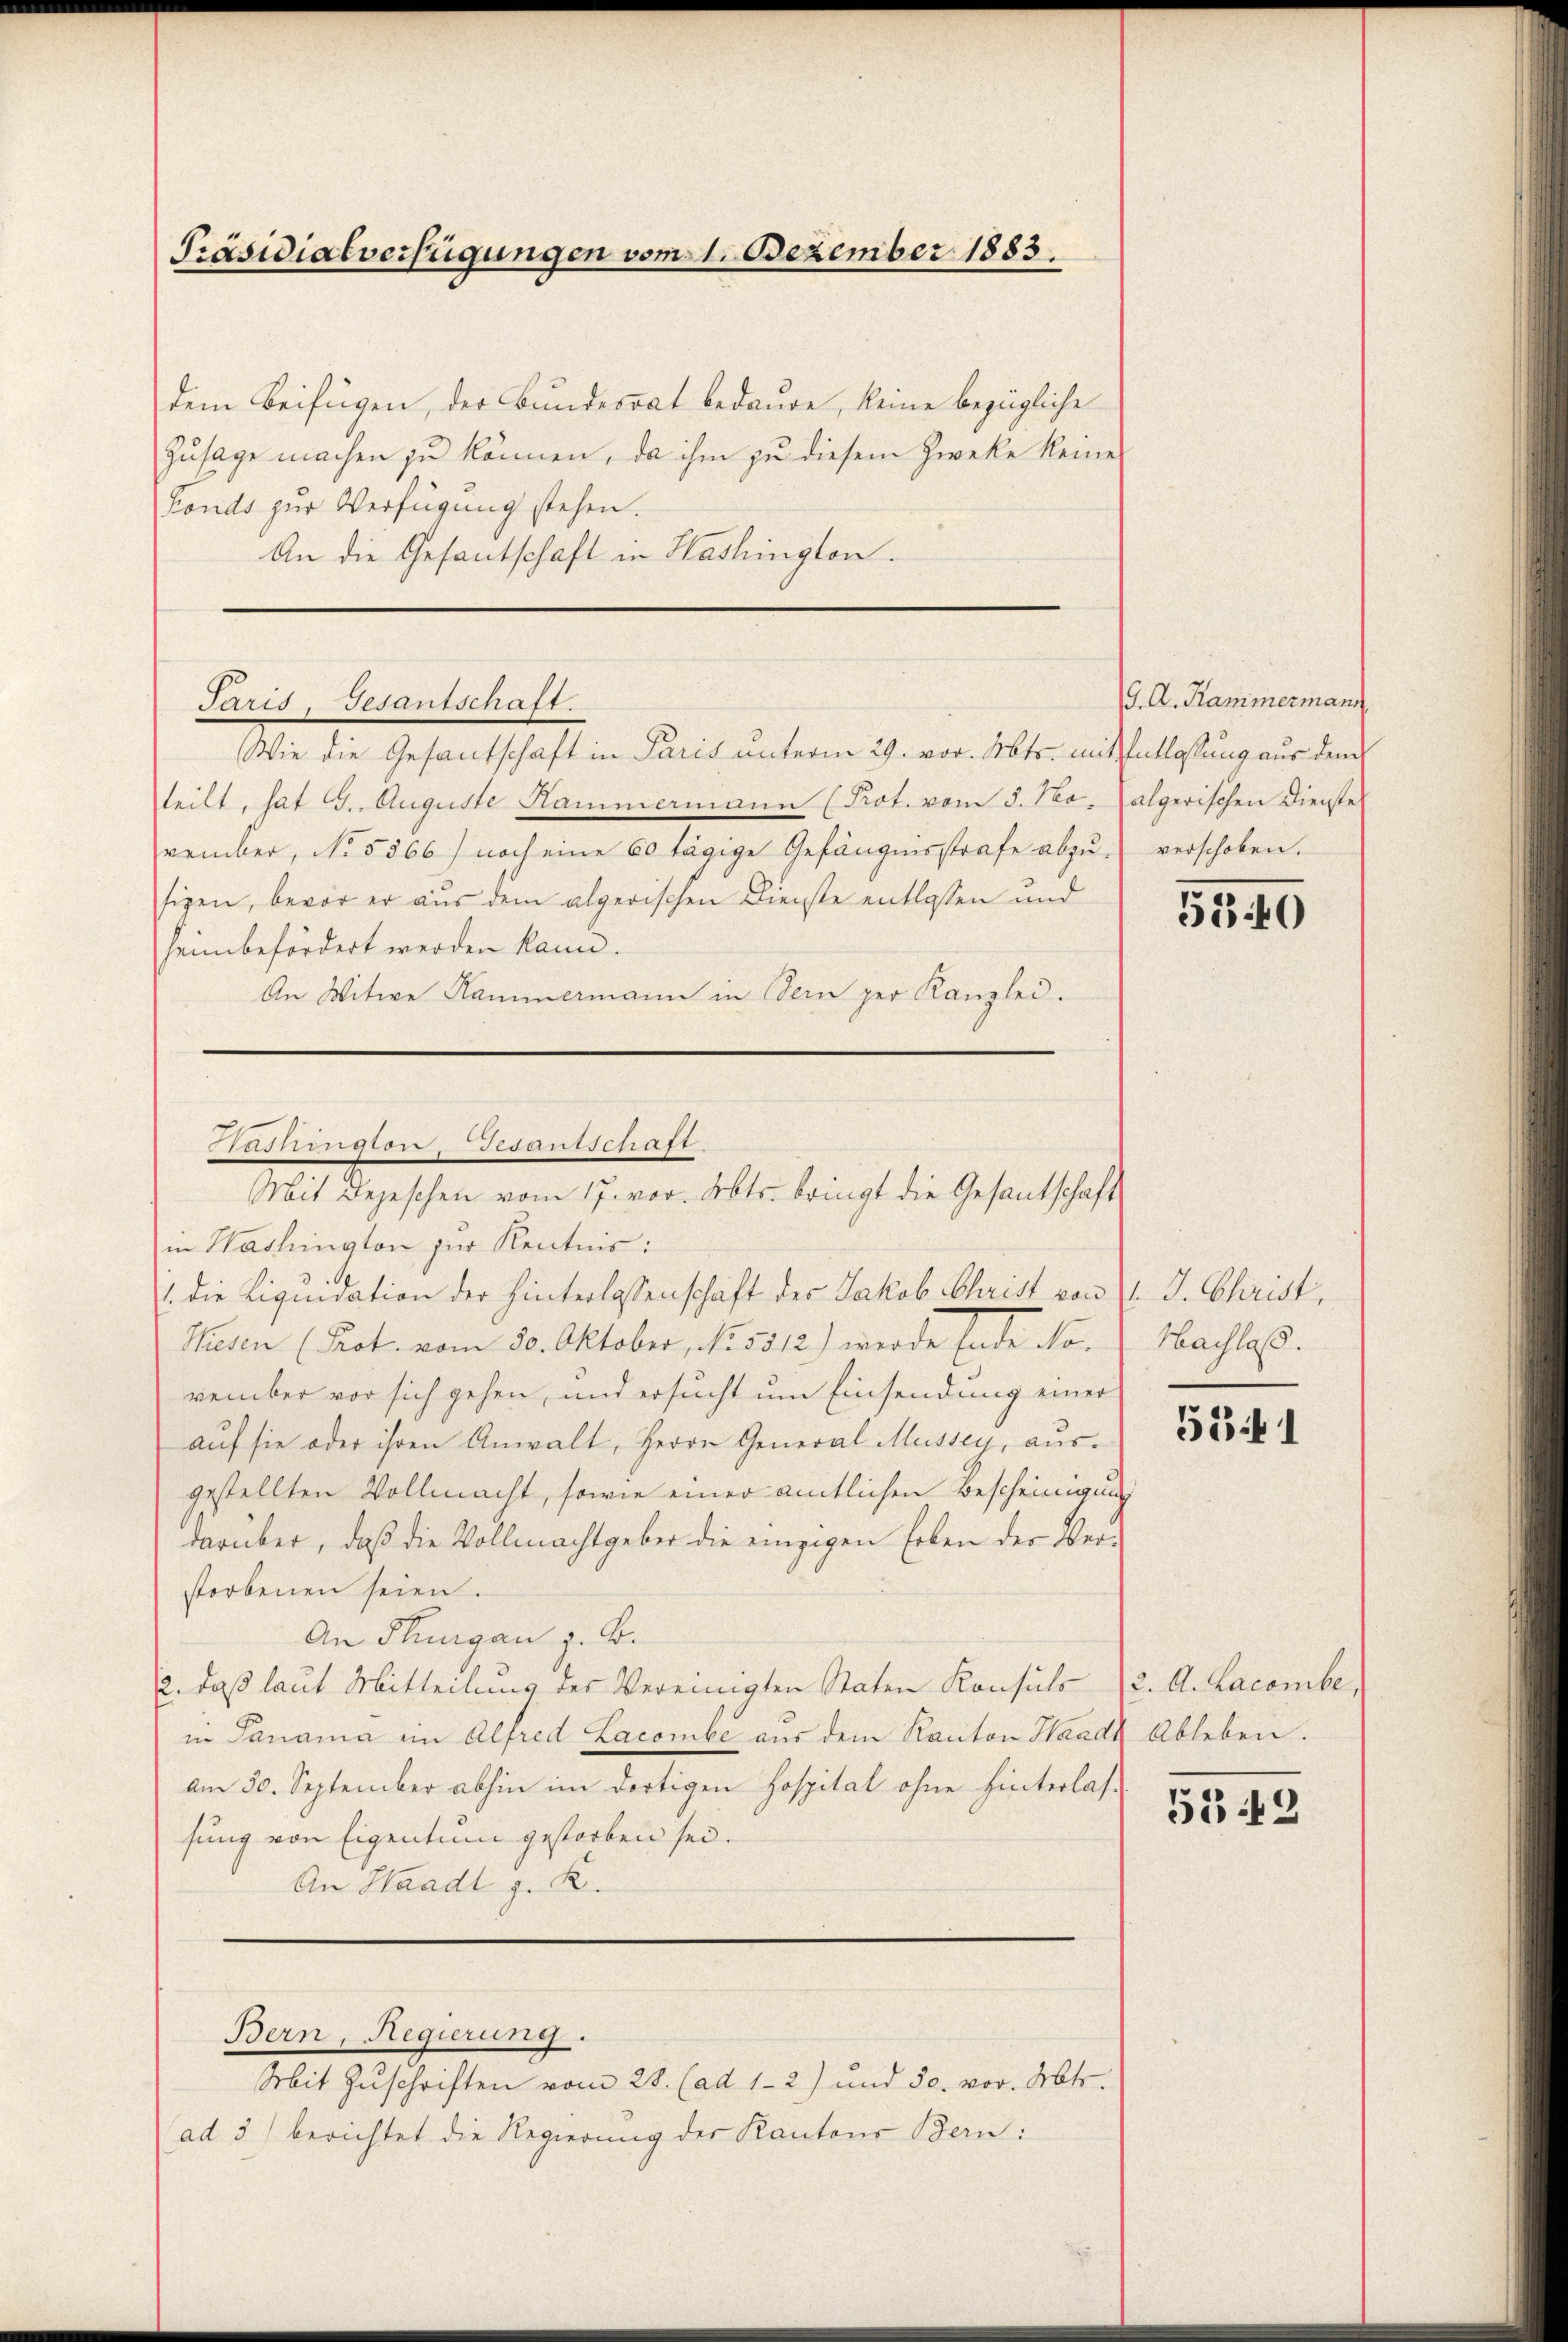
Präsidialverfügungen vom 1. Dezember 1883.

dem Beifügen, der Bundesrat bedaure, keine bezügliche
Zusage machen zu können, da ihm zu diesem Zwecke keine
Fonds zur Verfügung stehen.
An die Gesantschaft in Washington.

Paris, Gesantschaft.

Wie die Gesantschaft in Paris unterm 29. vor. Mts. mit Entlassung aus dem
steilt, hat 9. Auguste Hammermann (Prot. vom 3. No.
vember, No. 5366) noch eine 60 tägige Gefängnisstrafe abzŭ- verschoben.
sigen, bevor er aus dem algerischen Dienste entlassen und
heim befördert werden kann.
An Witwe Hammermann in Sein per Kanzlei.

Aushington, Gesantschaft.
Mit Depeschen vom 17. vor. Mts. bringt die Gesantschaft

in Washington zur Kenntnis:
1. die Liquidation der Hinterlassenschaft der Jakob Christ von 1. J. Christ,
Heden (Prot. vom 30. Oktober, No. 5312) werde Ende November vor sich gehen, und ersucht um Einsendung einer
auf sie oder ihren Anwalt, Herrn General Mussey, ausgestellten Vollmacht, sowie einer amtlichen Bescheinigung
darüber, daß die Vollmachtgeber die einzigen Erben der Verstorbenen seien.
An Flurgau z. B.
2., daß laut Mitteilung des Vereinigten Staten Konsuls
in Janama im Alfred Lacombe aus dem Kanton Waadt Ableben.
am 30. September abhin im dortigen Hospital ohne hinterlassung von Eigentum gestorben sei.
An Handl z. K.

Bern, Regierung.

Mit Zuschriften vom 28. (ad 1-2) und 50. vor. Mts.
ad 3) berichtet die Regierung der Kantons Bern:

G. A. Kammermann
algerischen Dienste

5340

Nachlaß.

534 1

2. A. Lacombe,

5349